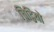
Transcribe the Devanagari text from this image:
चिट्ठियो